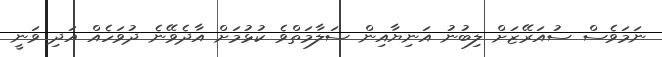
ނަމަވެސް ސުއަރޭޒަށް ލިބުނު އަނިޔާއިން ސަލާމަތްވެ ކުޅުމަށް އާދެވޭނެ ދުވަހެއް އަދި ވަނީ